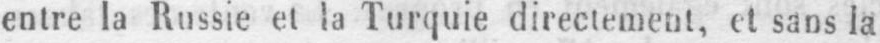
entre la Russie et la Turquie directement, et sans la